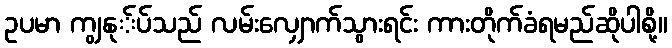
ဥပမာ ကျွနု်ပ်သည် လမ်းလျှောက်သွားရင်း ကားတိုက်ခံရမည်ဆိုပါစို့။